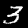
Label: 3